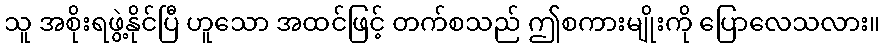
သူ အစိုးရဖွဲ့နိုင်ပြီ ဟူသော အထင်ဖြင့် တက်စသည် ဤစကားမျိုးကို ပြောလေသလား။